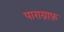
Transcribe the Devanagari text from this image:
पाराग्राफ़